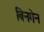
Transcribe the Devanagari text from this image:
बिनगेन